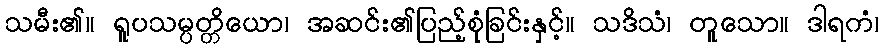
သမီး၏။ ရူပသမ္ပတ္တိယော၊ အဆင်း၏ပြည့်စုံခြင်းနှင့်။ သဒိသံ၊ တူသော။ ဒါရကံ၊